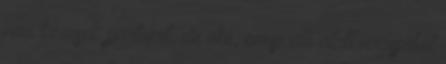
nem keresek partnert, de oké, ennyi idő alatt nagyjából